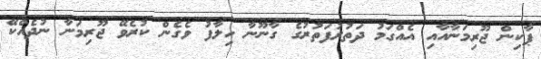
ޕާކިން ޖޫރިމަނާއާއި އެއްގަމު ދަތުރުފަތުރުގެ ގާނޫނާ ހިލާފު ވެގެން ކުރެވޭ ޖޫރިމަނާ ނުދެއްކޭ